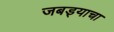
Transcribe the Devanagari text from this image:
जबड्याचा